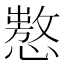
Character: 𢢡